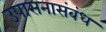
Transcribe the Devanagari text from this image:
उपासनासंबंध